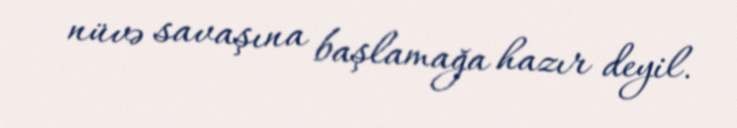
nüvə savaşına başlamağa hazır deyil.